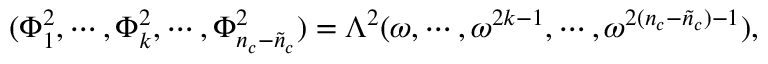
( \Phi _ { 1 } ^ { 2 } , \cdots , \Phi _ { k } ^ { 2 } , \cdots , \Phi _ { n _ { c } - \tilde { n } _ { c } } ^ { 2 } ) = \Lambda ^ { 2 } ( \omega , \cdots , \omega ^ { 2 k - 1 } , \cdots , \omega ^ { 2 ( n _ { c } - \tilde { n } _ { c } ) - 1 } ) ,